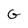
Character: G